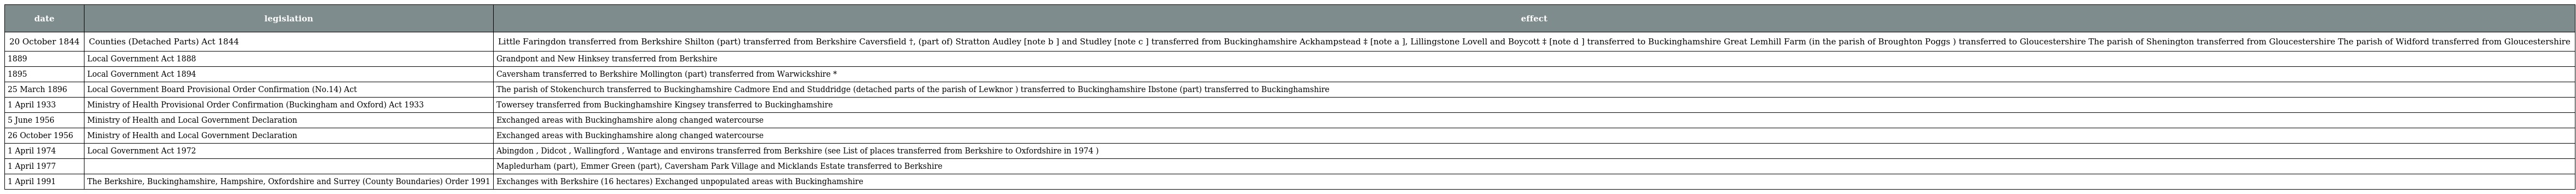
| date | legislation | effect |
 | --- | --- | --- |
 | 20 October 1844 | Counties (Detached Parts) Act 1844 | Little Faringdon transferred from Berkshire Shilton (part) transferred from Berkshire Caversfield †, (part of) Stratton Audley [note b ] and Studley [note c ] transferred from Buckinghamshire Ackhampstead ‡ [note a ], Lillingstone Lovell and Boycott ‡ [note d ] transferred to Buckinghamshire Great Lemhill Farm (in the parish of Broughton Poggs ) transferred to Gloucestershire The parish of Shenington transferred from Gloucestershire The parish of Widford transferred from Gloucestershire |
 | 1889 | Local Government Act 1888 | Grandpont and New Hinksey transferred from Berkshire |
 | 1895 | Local Government Act 1894 | Caversham transferred to Berkshire Mollington (part) transferred from Warwickshire * |
 | 25 March 1896 | Local Government Board Provisional Order Confirmation (No.14) Act | The parish of Stokenchurch transferred to Buckinghamshire Cadmore End and Studdridge (detached parts of the parish of Lewknor ) transferred to Buckinghamshire Ibstone (part) transferred to Buckinghamshire |
 | 1 April 1933 | Ministry of Health Provisional Order Confirmation (Buckingham and Oxford) Act 1933 | Towersey transferred from Buckinghamshire Kingsey transferred to Buckinghamshire |
 | 5 June 1956 | Ministry of Health and Local Government Declaration | Exchanged areas with Buckinghamshire along changed watercourse |
 | 26 October 1956 | Ministry of Health and Local Government Declaration | Exchanged areas with Buckinghamshire along changed watercourse |
 | 1 April 1974 | Local Government Act 1972 | Abingdon , Didcot , Wallingford , Wantage and environs transferred from Berkshire (see List of places transferred from Berkshire to Oxfordshire in 1974 ) |
 | 1 April 1977 |  | Mapledurham (part), Emmer Green (part), Caversham Park Village and Micklands Estate transferred to Berkshire |
 | 1 April 1991 | The Berkshire, Buckinghamshire, Hampshire, Oxfordshire and Surrey (County Boundaries) Order 1991 | Exchanges with Berkshire (16 hectares) Exchanged unpopulated areas with Buckinghamshire |